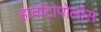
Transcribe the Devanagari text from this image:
हार्वाटोपोलोस